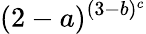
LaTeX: (2-a)^{(3-b)^{c}}